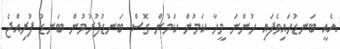
އެއީ ބަނޑުހައިވެފައި ހުންނަ މީހާ ކަމުން ކަމުން ގޮސް ބަނޑުފުރުމުން ބަނޑު ފުރިއްޖެ